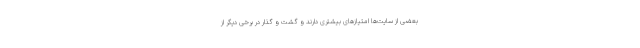
بعضی از سایت‌ها امتیازهای بیشتری دارند و گشت و گذار در برخی دیگر از